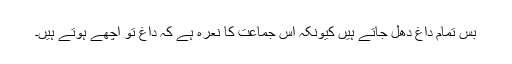
بس تمام داغ دھل جاتے ہیں کیونکہ اس جماعت کا نعرہ ہے کہ داغ تو اچھے ہوتے ہیں۔